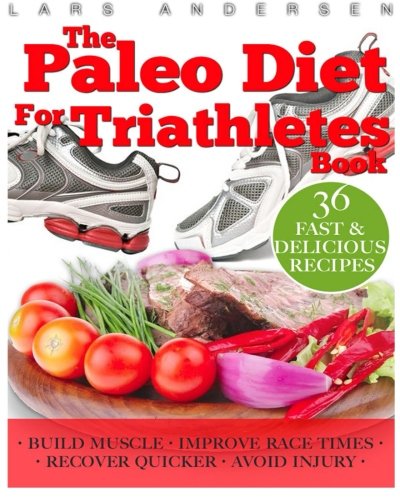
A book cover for Paleo Diet for Triathletes: Delicious Paleo Diet Plan, Recipes and Cookbook Designed to Support the Specific Needs of Triathletes - from Sprint to Ironman and Beyond (Food for Fitness Series); Lars Andersen; Health, Fitness & Dieting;